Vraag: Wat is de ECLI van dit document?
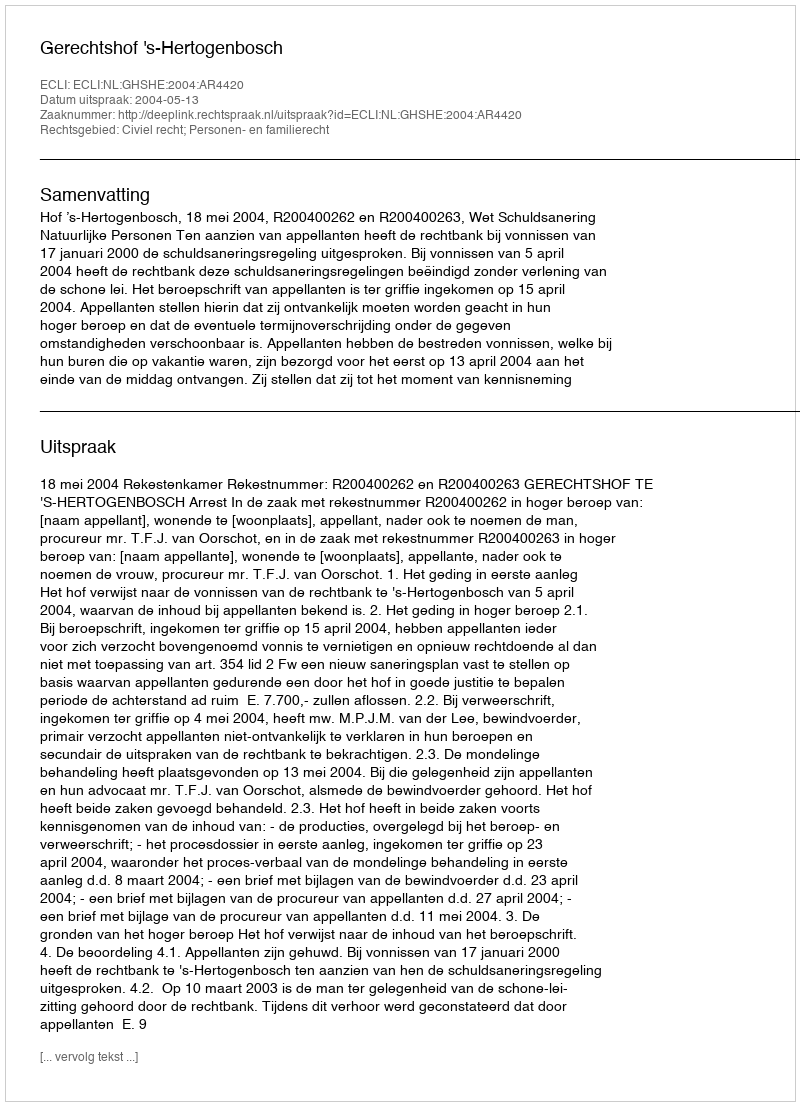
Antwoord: ECLI:NL:GHSHE:2004:AR4420